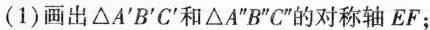
(1)画出△A'B'C'和△A”B”C”的对称轴EF；